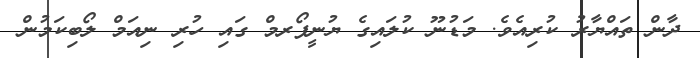
ދާން ތައްޔާރު ކުރިއެވެ. މަޑުނޫ ކުލައިގެ ޔުނީފޯރމް ގައި ހުރި ނިއަމް ލޯބިކަމުން